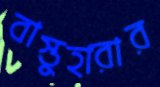
বাস্তুহারার